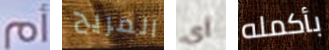
أم المريح أي بأكمله